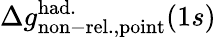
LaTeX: \Delta{g}_{\mathrm{non-rel.,point}}^{\mathrm{had.}}(1s)